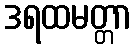
ဒရထမတ္တာ